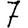
Digit: 7